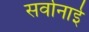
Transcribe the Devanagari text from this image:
सर्वानाई